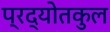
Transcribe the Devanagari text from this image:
प्रद्योतकुल